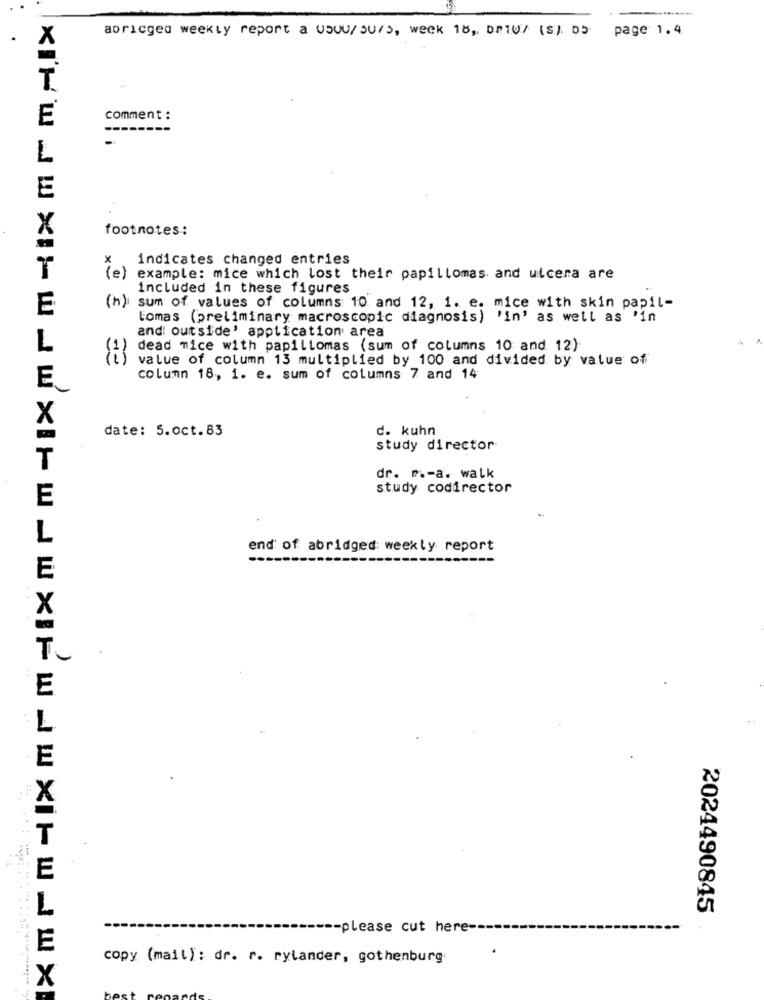
abricged weekly report a USU0/ 30/3, week 18, Dri0/ (s). 05 page 1.4
.
X
T
E
comment :
--------
L
E
X
footnotes:
indicates changed entries
(e)
x
T
example: mice which lost their papillomas and ulcera are
included in these figures
E
(h): sum of values of columns 10 and 12, 1. e. mice with skin papil-
tomas (preliminary macroscopic diagnosis) 'in' as well as 'in
and outside' application area
L
dead mice with papillomas (sum of columns 10 and 12)
value of column 13 multiplied by 100 and divided by value of
column 18, i. e. sum of columns 7 and 14
E.
X
date: 5.oct.83
d. kuhn
study director
T
dr. r .- a. walk
study codirector
E
L
end of abridged: weekly report
----
E
E
E
2024490845
-- please cut here ---
copy (mail): dr. r. rylander, gothenburg